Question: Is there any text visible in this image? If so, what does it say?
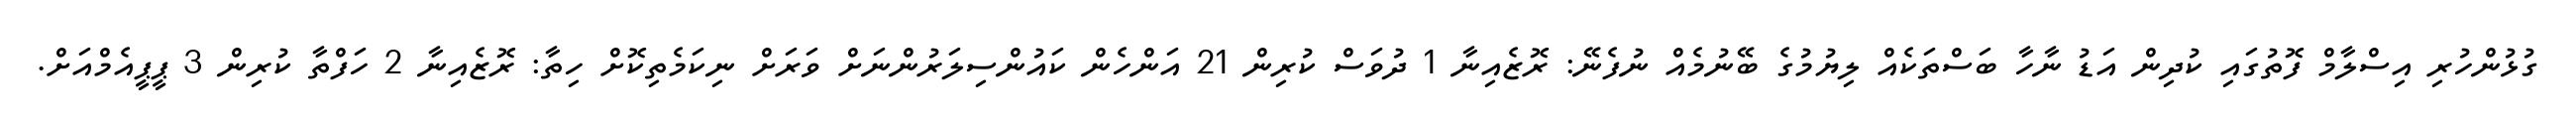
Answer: ގުޅުންހުރި އިސްލާމް ފޮތުގައި ކުދިން އަޑު ނާހާ ބަސްތަކެއް ލިޔުމުގެ ބޭނުމެއް ނުފެނޭ: ރޮޒެއިނާ 1 ދުވަސް ކުރިން 21 އަންހެން ކައުންސިލަރުންނަށް ވަރަށް ނިކަމެތިކޮށް ހިތާ: ރޮޒެއިނާ 2 ހަފްތާ ކުރިން 3 ޕީޕީއެމްއަށް.